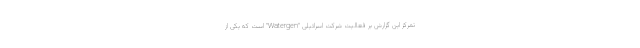
تمرکز این گزارش بر فعالیت شرکت اسرائیلی "Watergen" است که یکی از